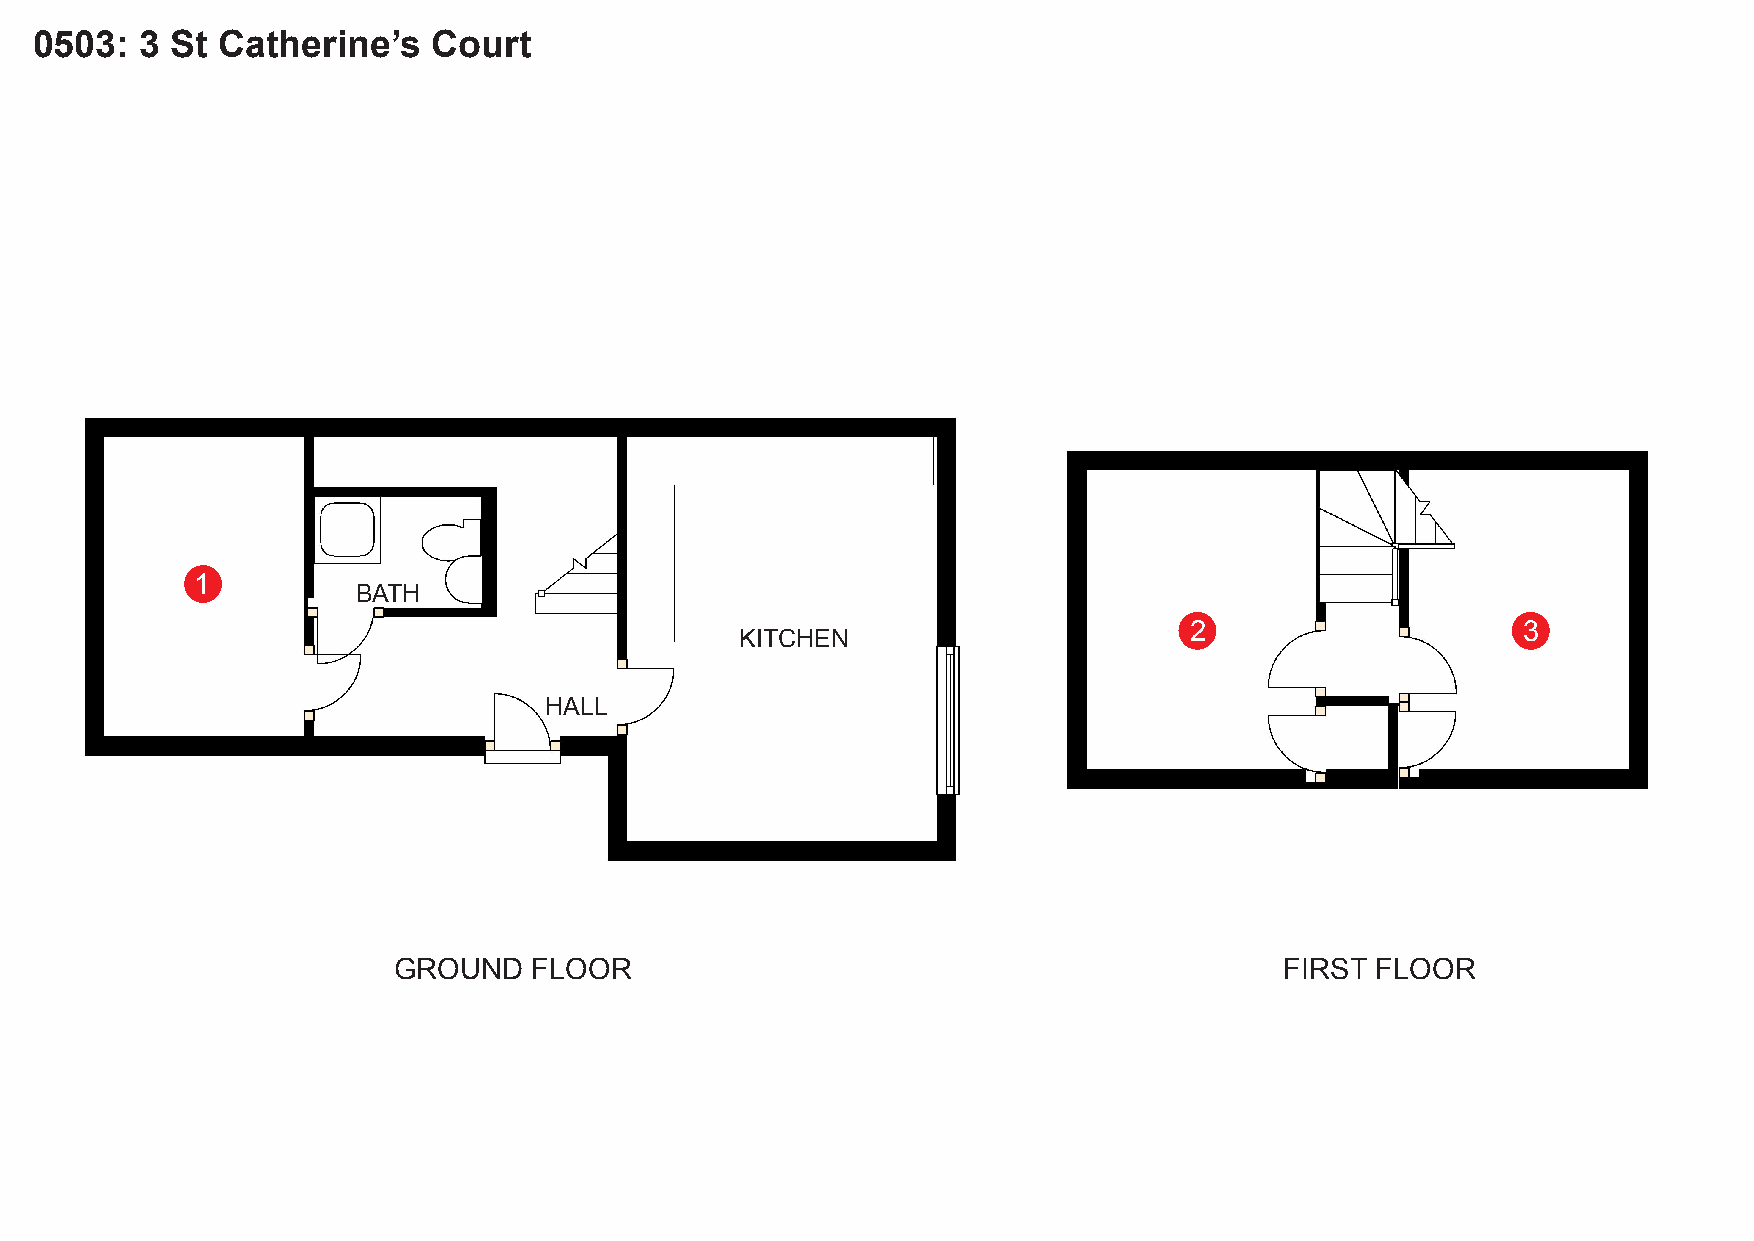
0503:  3 St Catherine’s    Court
 1
 BATH
 2                     3
 KITCHEN
 HALL
 GROUND   FLOOR                                             FIRST FLOOR